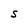
Character: S